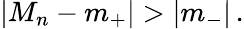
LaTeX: \left|M_{n}-m_{+}\right|>\left|m_{-}\right|\, .